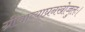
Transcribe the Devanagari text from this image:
ग्रीवाव्याघ्रनखोज्जुलः।